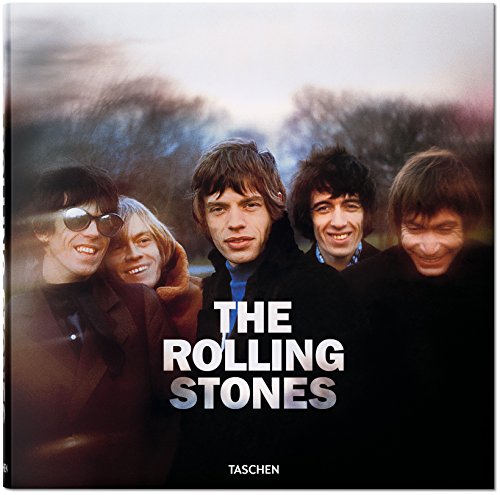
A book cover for The Rolling Stones; Arts & Photography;